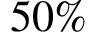
5 0 \%